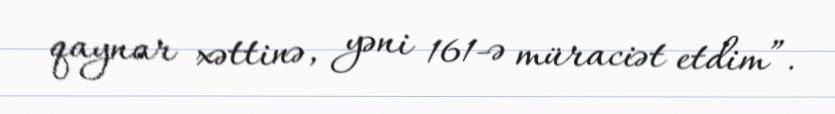
qaynar xəttinə, yəni 161-ə müraciət etdim”.